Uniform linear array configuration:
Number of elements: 24
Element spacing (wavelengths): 0.5
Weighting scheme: exponential
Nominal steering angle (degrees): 60
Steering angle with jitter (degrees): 61.042
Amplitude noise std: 0.05
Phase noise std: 0.05

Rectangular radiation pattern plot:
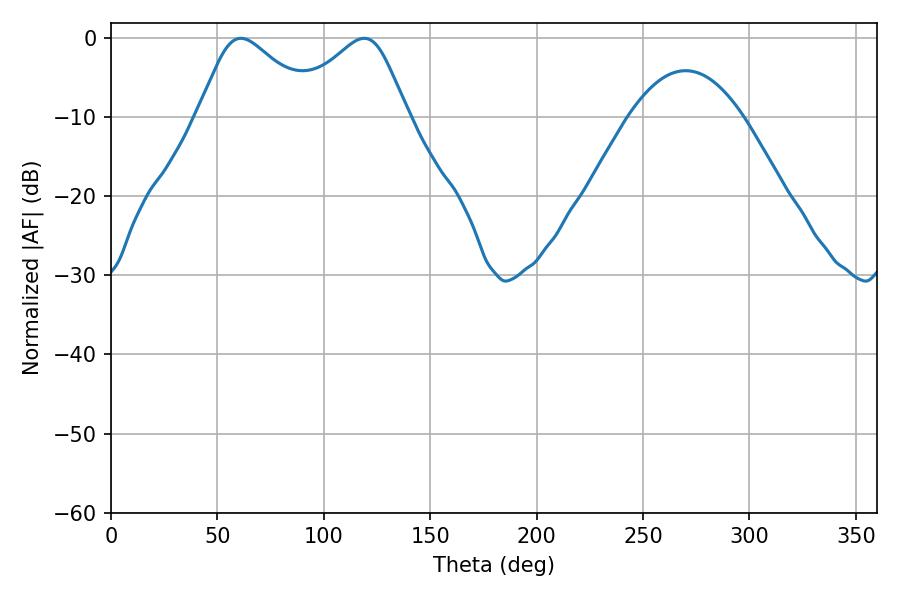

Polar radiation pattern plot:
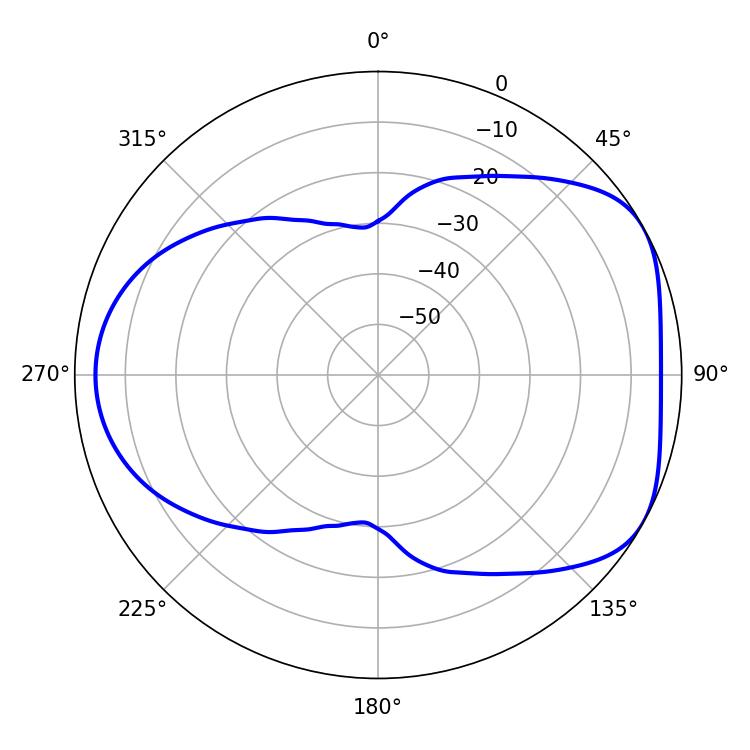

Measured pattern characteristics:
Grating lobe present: FALSE
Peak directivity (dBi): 4.799
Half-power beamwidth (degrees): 27.72
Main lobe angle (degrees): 61.02